Civil Veterinary Dept. North-West Frontier Province 1923-32 - 1923-1932
Year: 1923
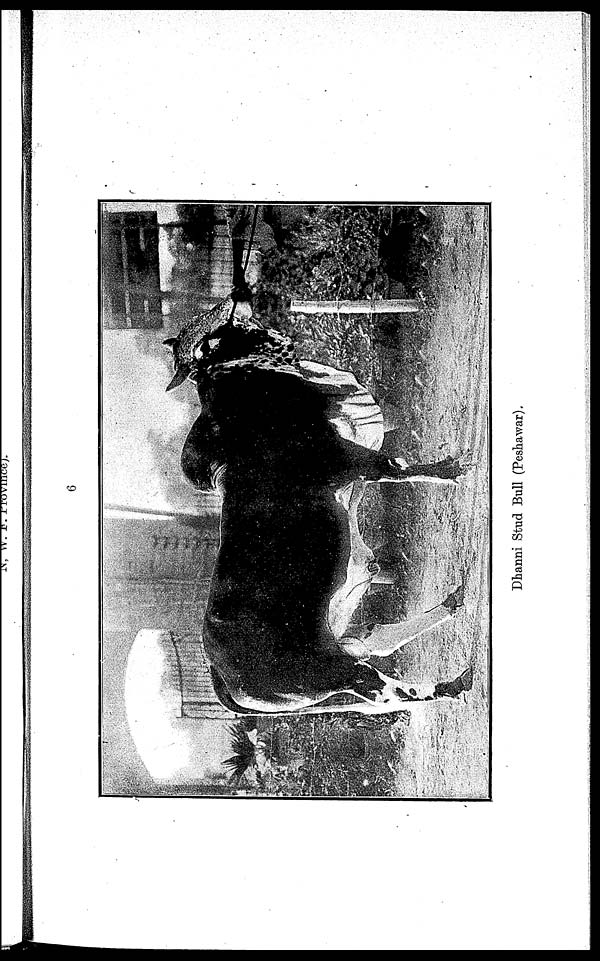
Dhanni Stud Bull (Peshawar).